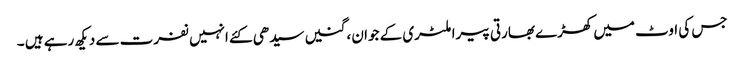
جس کی اوٹ میں کھڑے بھارتی پیرا ملٹری کے جوان ، گنیں سیدھی کئے انہیں نفرت سے دیکھ رہے ہیں ۔